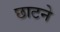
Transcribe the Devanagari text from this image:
छाटने